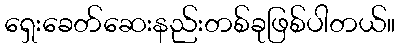
ရှေးခေတ်ဆေးနည်းတစ်ခုဖြစ်ပါတယ်။